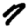
Digit: 7